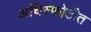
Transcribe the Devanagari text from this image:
अधिस्फोटीत